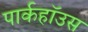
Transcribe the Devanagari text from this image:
पार्कहॉउस